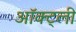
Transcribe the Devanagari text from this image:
ऑक्ट्ली